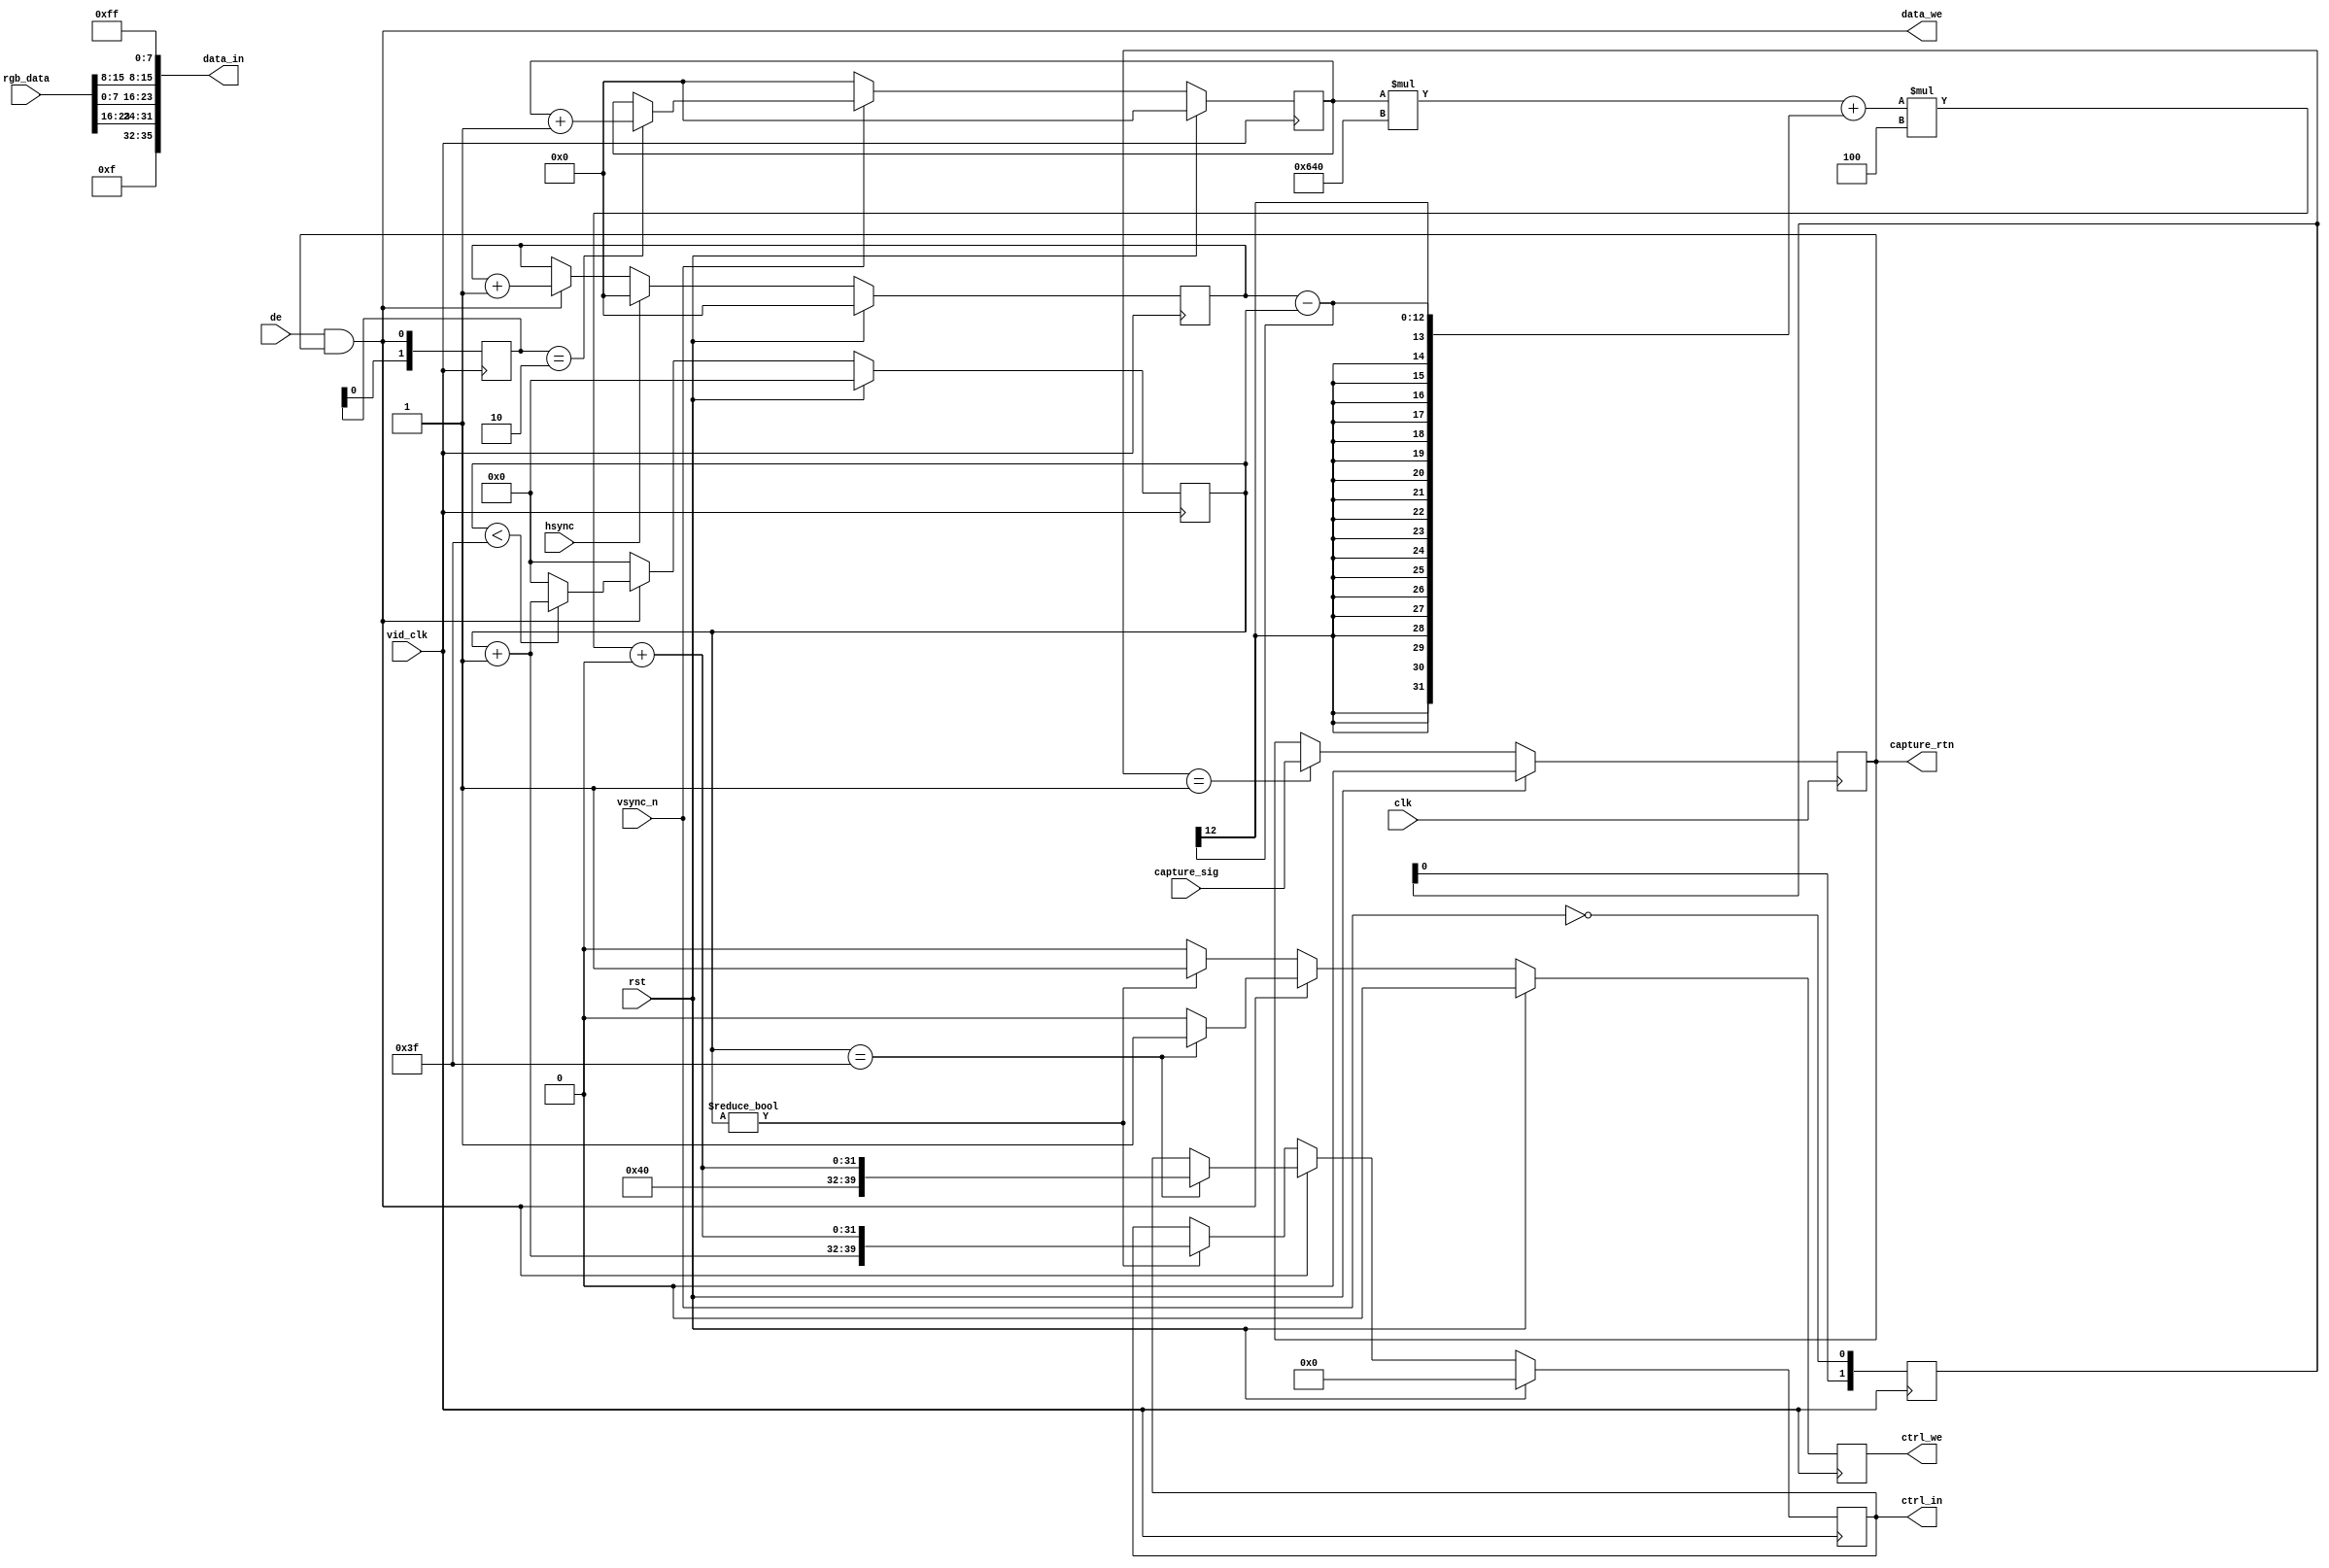
`default_nettype none
module rgb2dram #(
	parameter USE_900P = 1,
	parameter ADDR_OFFSET = 32'h0
)(
	input wire clk,
	input wire rst,
	//DRAM WRITE
	output wire [32+4-1:0] data_in,//strb[35:32] + data[31:0]
	output wire data_we,
	output reg [32+8-1:0]ctrl_in,//len[39:32] + addr[31:0]
	output reg ctrl_we,
	//VIDEO
	input wire vid_clk,
	input wire hsync,
	input wire vsync_n,
	input wire de,
	input wire [23:0] rgb_data,//red,blue,green
	//Capture
	input wire capture_sig,
	output reg capture_rtn
);

	localparam WIDTH = (USE_900P == 1)?32'd1600:32'd1280;
	wire vsync = ~vsync_n;

	wire capture_de = de && capture_rtn;

	wire [23:0] rgb_data_o;

	assign data_in = {4'hf,rgb_data[23:16],rgb_data[7:0],rgb_data[15:8],8'hff};
	assign data_we = capture_de;

//
	reg [1:0]vsync_edge;
	always @(posedge vid_clk) begin
		vsync_edge <= {vsync_edge[0],vsync};
	end
	always @(posedge clk) begin
		if(rst)
			capture_rtn <= 1'b0;
		else if(vsync_edge == 2'b01)
			capture_rtn <= (capture_sig == 1'b1);
	end
	
//
	reg [11:0] x_cnt;
	always @(posedge vid_clk) begin
		if(rst)
			x_cnt <= 12'h0;
		else if(hsync)
			x_cnt <= 12'h0;
		else if(capture_de)
			x_cnt <= x_cnt + 12'h1;
	end
	reg [1:0]de_edge;
	always @(posedge vid_clk) begin
		de_edge <= {de_edge[0],capture_de};
	end
	reg [1:0]hsync_edge;
	always @(posedge vid_clk) begin
		hsync_edge <= {hsync_edge[0],hsync};
	end
	reg [11:0] y_cnt;
	always @(posedge vid_clk) begin
		if(rst)
			y_cnt <= 12'h0;
		else if(vsync)
			y_cnt <= 12'h0;
		else if(de_edge == 2'b10)
			y_cnt <= y_cnt + 12'h1;
	end
	reg [7:0] write_cnt;
	always @(posedge vid_clk) begin
		if(rst)
			write_cnt <= 8'h0;
		else if(capture_de)
			if(write_cnt < 8'd64 - 12'h1)//
				write_cnt <= write_cnt + 8'h1;
			else
				write_cnt <= 8'h0;
		else
			write_cnt <= 8'h0;
	end

	wire [31:0] address = (((y_cnt * WIDTH) + (x_cnt - write_cnt)) * 32'h4) + ADDR_OFFSET;
	always @(posedge vid_clk) begin
		if(rst) begin
			ctrl_in <= 40'h0;
			ctrl_we <= 1'b0;
		end else if(capture_de) begin
			if(write_cnt == 8'd63) begin//kick
				ctrl_in <= {8'd64,address};
				ctrl_we <= 1'b1;
			end else begin
				ctrl_we <= 1'b0;
			end
		end else begin
			if(write_cnt != 8'h0) begin
				ctrl_in <= {write_cnt+ 8'h1,address};
				ctrl_we <= 1'b1;
			end else begin
				ctrl_we <= 1'b0;
			end
		end
	end
endmodule